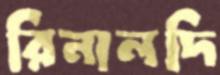
রিনালদি